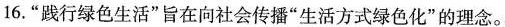
16.”践行绿色生活”旨在向社会传播”生活方式绿色化”的理念。